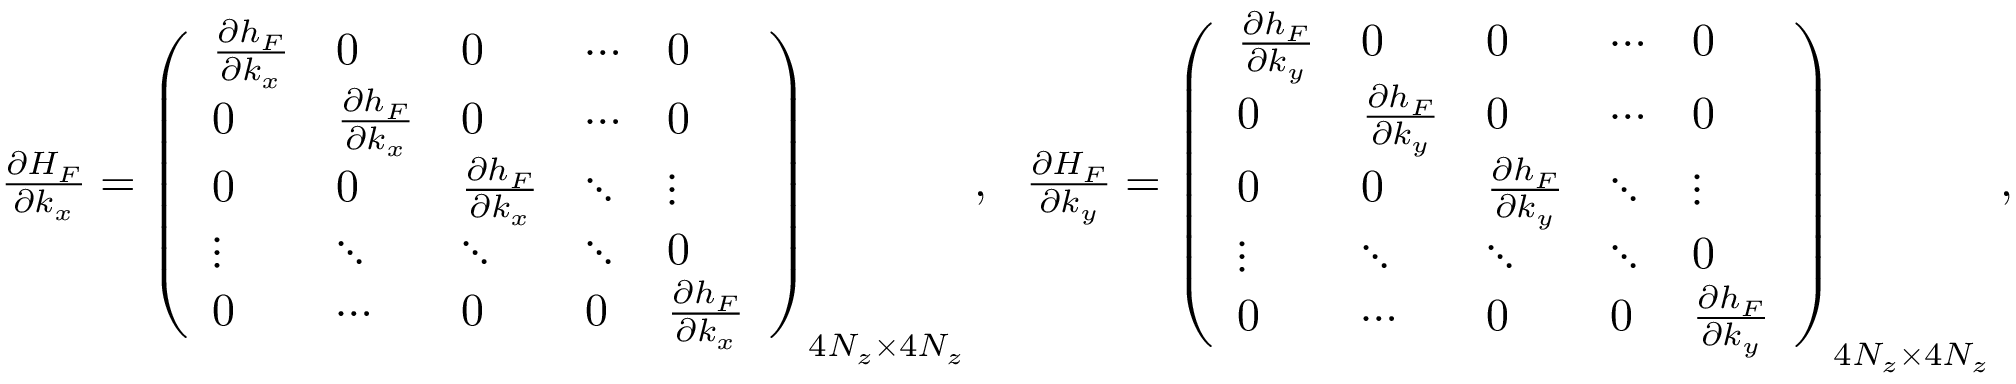
\begin{array} { r } { \frac { \partial { \cal H } _ { F } } { \partial k _ { x } } = \left( \begin{array} { l l l l l } { \frac { \partial h _ { F } } { \partial k _ { x } } } & { 0 } & { 0 } & { \cdots } & { 0 } \\ { 0 } & { \frac { \partial h _ { F } } { \partial k _ { x } } } & { 0 } & { \cdots } & { 0 } \\ { 0 } & { 0 } & { \frac { \partial h _ { F } } { \partial k _ { x } } } & { \ddots } & { \vdots } \\ { \vdots } & { \ddots } & { \ddots } & { \ddots } & { 0 } \\ { 0 } & { \cdots } & { 0 } & { 0 } & { \frac { \partial h _ { F } } { \partial k _ { x } } } \end{array} \right) _ { 4 N _ { z } \times 4 N _ { z } } , ~ ~ \frac { \partial { \cal H } _ { F } } { \partial k _ { y } } = \left( \begin{array} { l l l l l } { \frac { \partial h _ { F } } { \partial k _ { y } } } & { 0 } & { 0 } & { \cdots } & { 0 } \\ { 0 } & { \frac { \partial h _ { F } } { \partial k _ { y } } } & { 0 } & { \cdots } & { 0 } \\ { 0 } & { 0 } & { \frac { \partial h _ { F } } { \partial k _ { y } } } & { \ddots } & { \vdots } \\ { \vdots } & { \ddots } & { \ddots } & { \ddots } & { 0 } \\ { 0 } & { \cdots } & { 0 } & { 0 } & { \frac { \partial h _ { F } } { \partial k _ { y } } } \end{array} \right) _ { 4 N _ { z } \times 4 N _ { z } } , } \end{array}